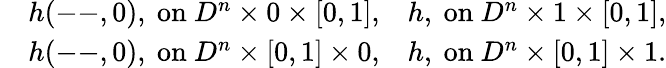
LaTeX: \begin{array}{rlr}&{h(\mathrm{--},0),\mathrm{~on~}D^{n}\times 0\times[0,1],}&{h,\mathrm{~on~}D^{n}\times 1\times[0,1],}\\ &{h(\mathrm{--},0),\mathrm{~on~}D^{n}\times[0,1]\times 0,}&{h,\mathrm{~on~}D^{n}\times[0,1]\times 1.}\end{array}